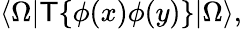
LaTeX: \langle\Omega|\mathsf{T}\{ \phi(x)\phi(y)\} |\Omega\rangle,